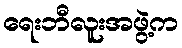
ရေးဘီလူးအဖွဲ့က